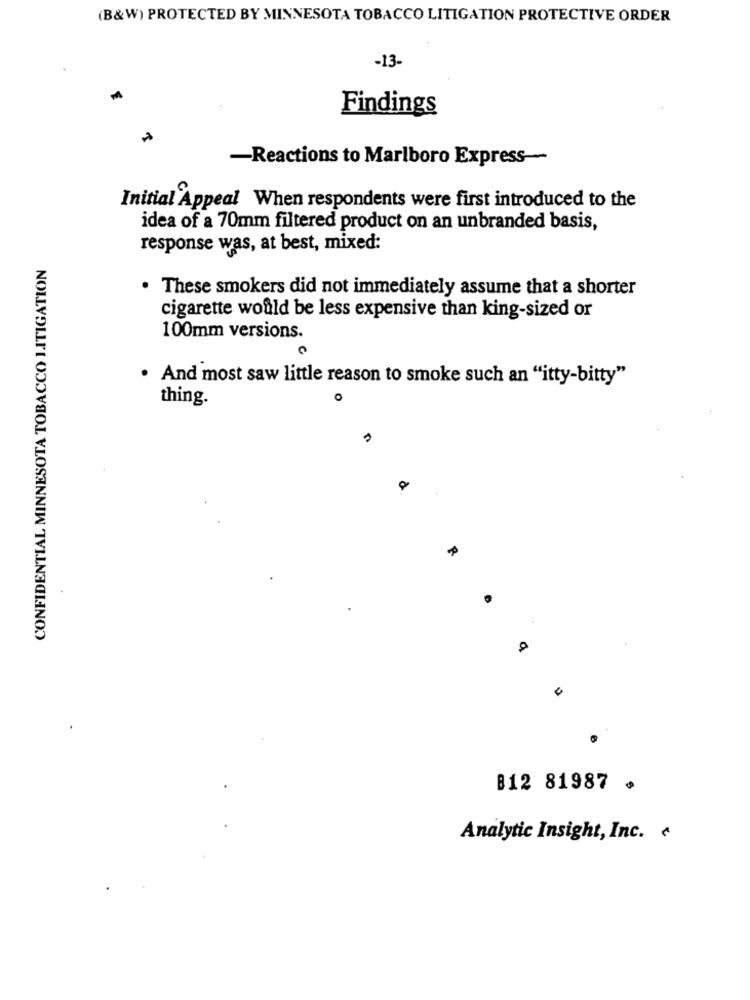
(B&W) PROTECTED BY MINNESOTA TOBACCO LITIGATION PROTECTIVE ORDER
-13-
Findings
-Reactions to Marlboro Express~
Initial Appeal When respondents were first introduced to the
idea of a 70mm filtered product on an unbranded basis,
response was, at best, mixed:
CONFIDENTIAL MINNESOTA TOBACCO LITIGATION
. These smokers did not immediately assume that a shorter
cigarette would be less expensive than king-sized or
100mm versions.
. And most saw little reason to smoke such an "itty-bitty"
thing.
B12 81987 ¢
Analytic Insight, Inc.